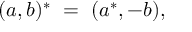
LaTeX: ( a , b ) ^ { * } \ = \ ( a ^ { * } , - b ) ,